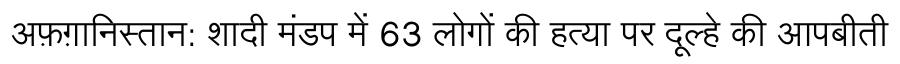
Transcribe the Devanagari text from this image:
अफ़ग़ानिस्तान: शादी मंडप में 63 लोगों की हत्या पर दूल्हे की आपबीती